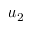
u _ { 2 }